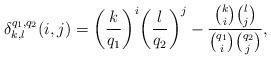
LaTeX: \begin{align*} \delta^{q_1, q_2}_{k,l}(i,j) = \bigg(\frac{k}{q_1}\bigg)^i\bigg(\frac{l}{q_2}\bigg)^j - \dfrac{{k\choose i}{l \choose j}}{{q_1 \choose i}{q_2 \choose j}},\end{align*}